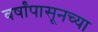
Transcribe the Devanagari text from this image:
वर्षांपासूनच्या